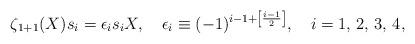
LaTeX: \begin{align*}\zeta_{1+1}(X)s_i= \epsilon_i s_i X, \quad \epsilon_i\equiv(-1)^{i-1+\left[\frac{i-1}{2}\right]},\quad i=1,\,2,\,3,\,4,\end{align*}